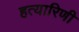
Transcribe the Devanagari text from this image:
हत्यारिणी